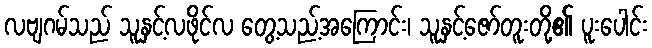
လဗျဂမ်သည် သူနှင့်လဖိုင်လ တွေ့သည့်အကြောင်း၊ သူနှင့်ဇော်တူးတို့၏ ပူးပေါင်း